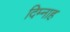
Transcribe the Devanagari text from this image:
दिम्नाह